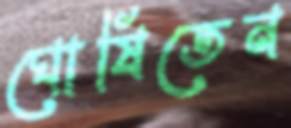
ঘোষিতেন